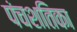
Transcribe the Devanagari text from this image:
पंचशतिका